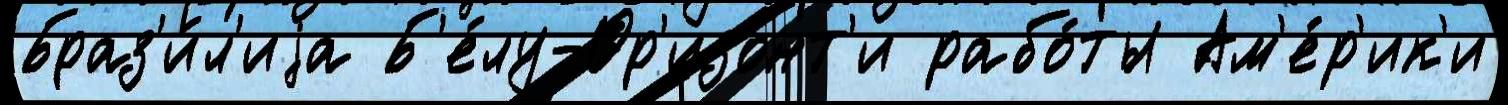
Браз'и́л'иjа Б'е́лу-Ор'изонт'и рабо́ты Ам'е́р'ик'и